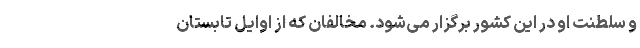
و سلطنت او در این کشور برگزار می‌شود. مخالفان که از اوایل تابستان